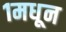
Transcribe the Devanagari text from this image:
१मधून